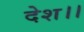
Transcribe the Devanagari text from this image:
देश।।